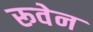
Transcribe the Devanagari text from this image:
रूवेन